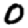
Digit: 0